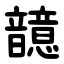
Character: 䪰